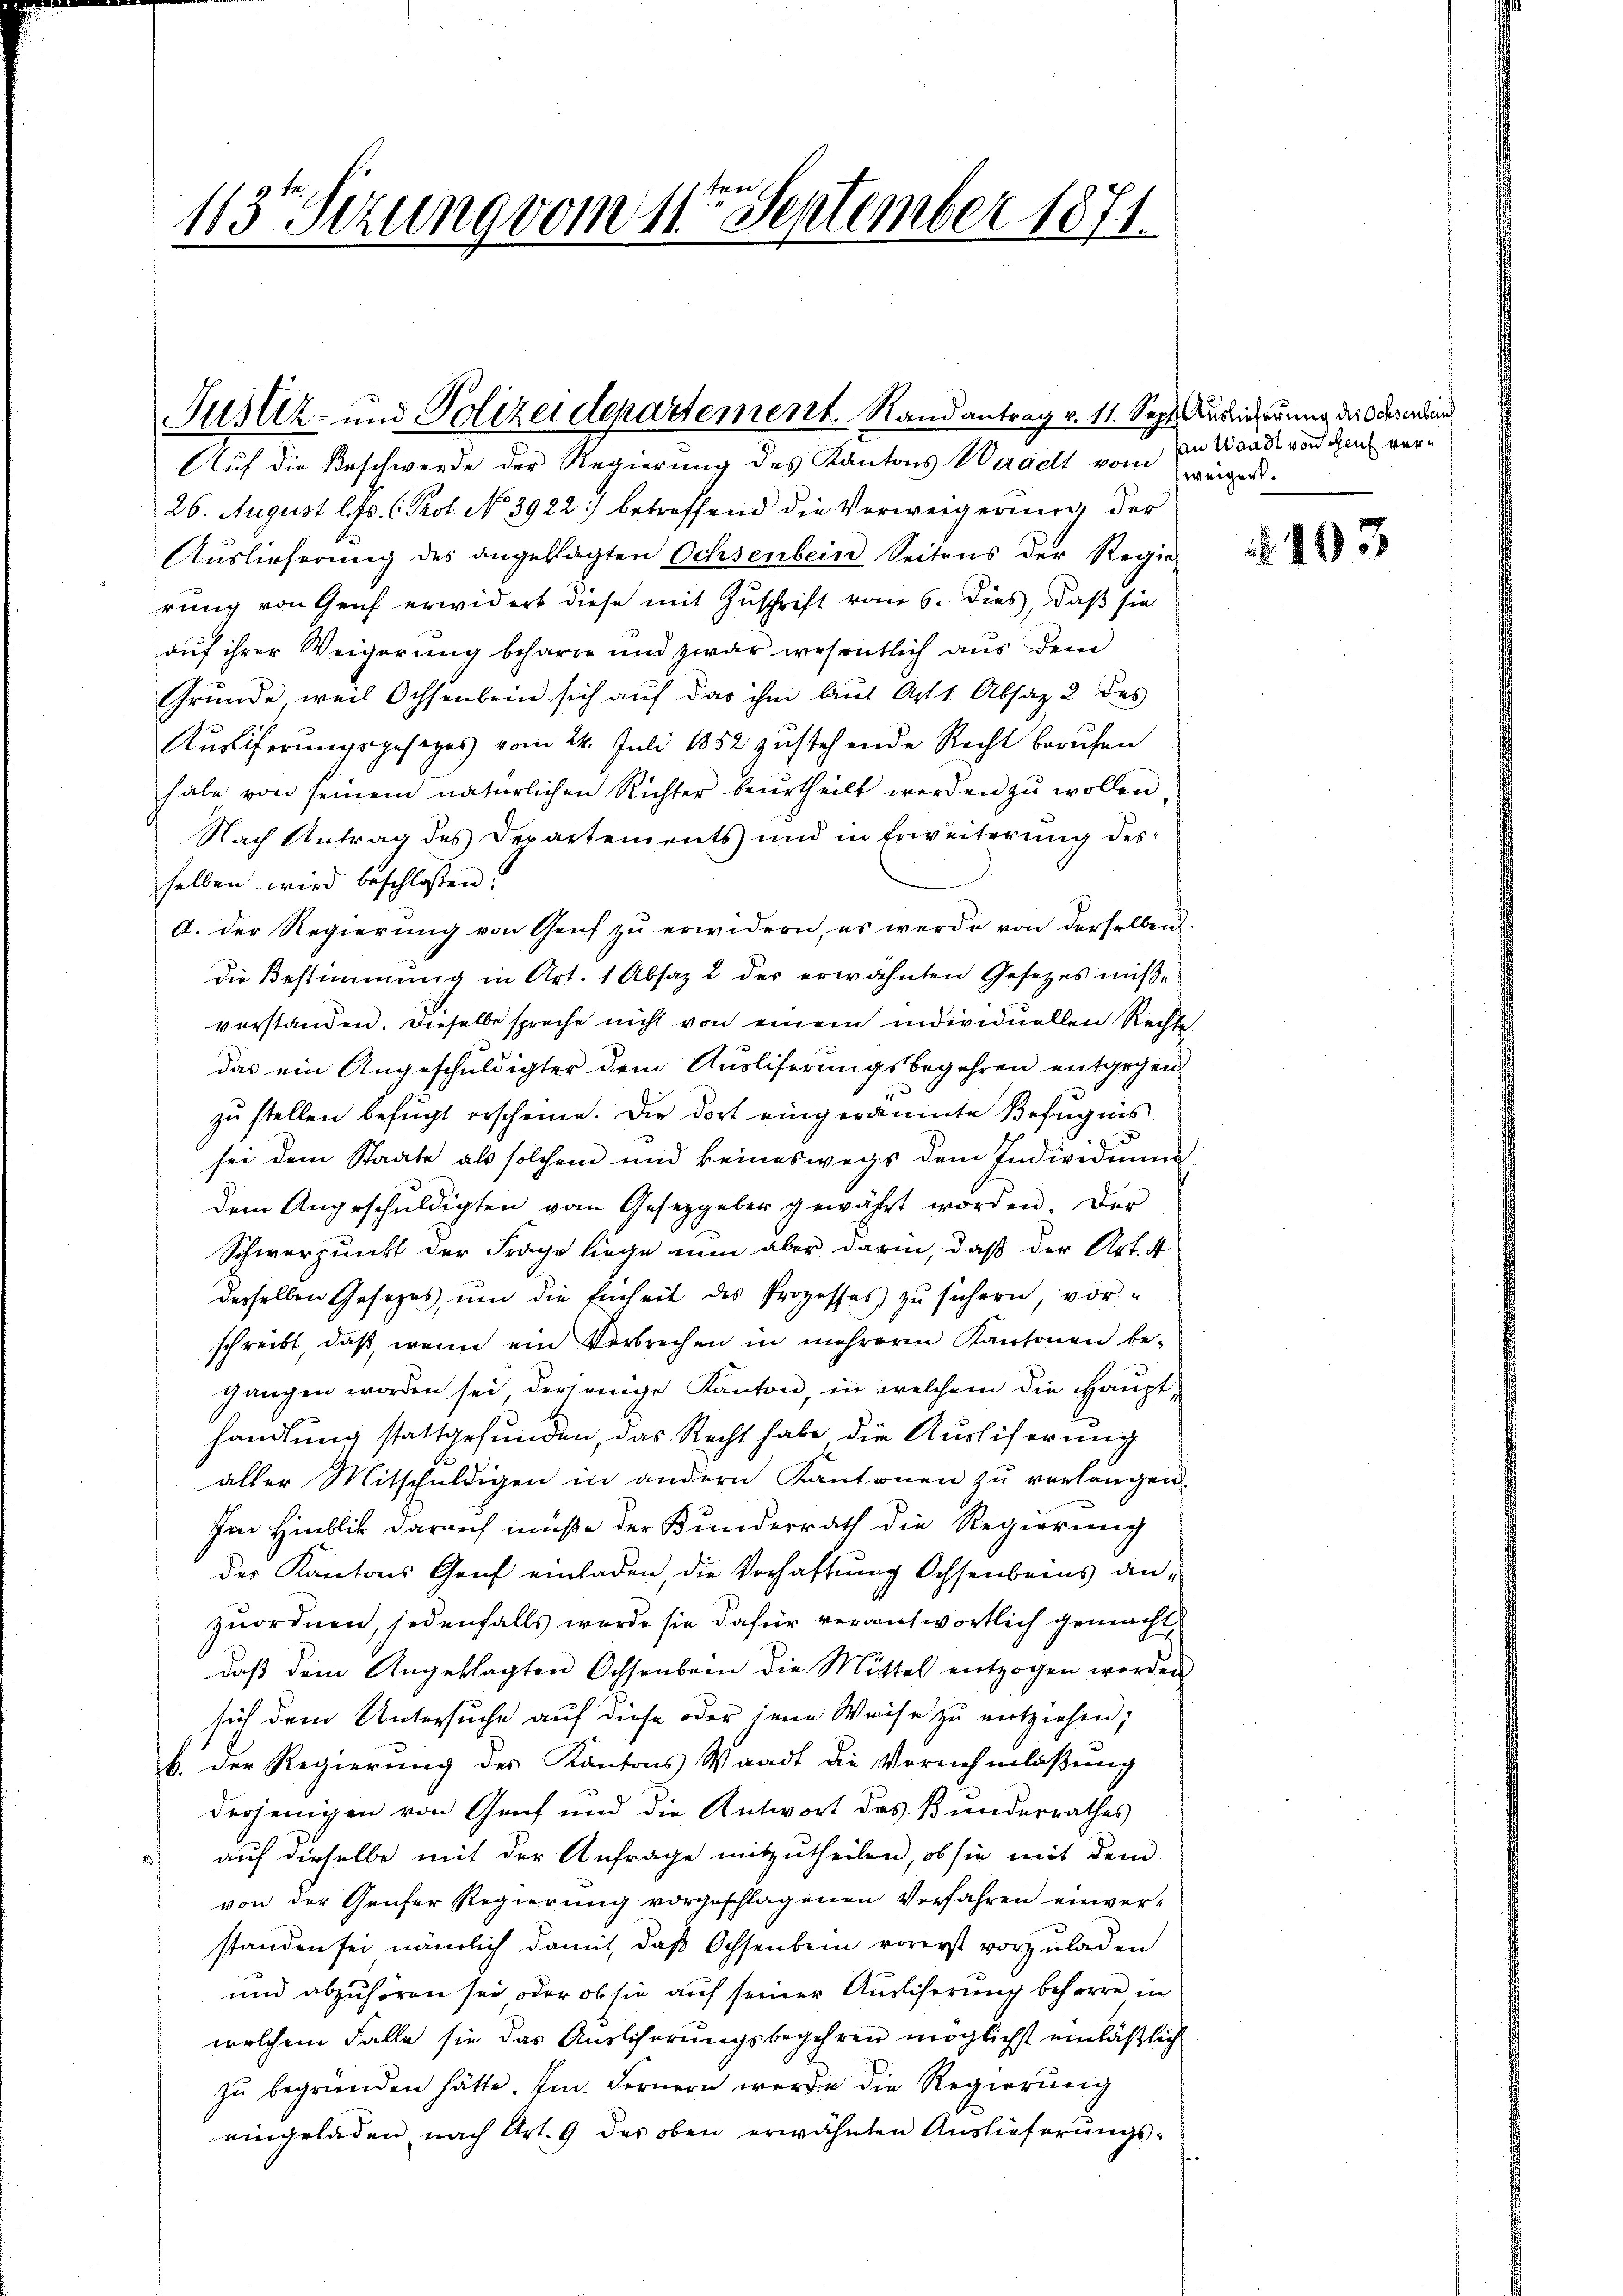
113 Sizung vom 11ten September 1871.

Justiz- und Polizeidepartement. Stand antrag v. 11. Sept sicherung der Oder ein

Auf die Beschwerde der Regierung des Kantons Wadelt vom in Waadt von den ver¬
26. August l. Js. (Prot. No 3922] betreffend die Verweigerung der
Auslieferung des angeklagten Ochsenbein Seitens der Regie
rung von Genf erwidert diese mit Zuschrift vom 6. dies, daß sie
auf ihrer Weigerung beharre und zwar wesentlich aus dem
Grunde, weil Ochsenbein sich auf das ihm laut Aptt Absatz 2 des
Kusliferungsgesezes vom 24. Juli 1852 zustehende Recht berufen
habe von seinem natürlichen Richter beurtheilt werden zŭ wollen,
Nach Antrag des Departements und in Erweiterung des
selben wird beschlossen.
A. Der Regierung von Genf zu erwidern, es werde von derselben
die Bestimmung in Art. 1 Absaz 2 des erwähnten Gesetzes müße
verstanden. Dieselbe spreche nicht von einem individuellen Rechte
das ein Angeschuldigter dem Ausliferungsbegehren entgegen
zu stellen befugt erscheine. Die dort eingeräumte Befugnis
sei dem Staate als solchem und keineswegs dem Individuum
dem Angeschuldigten vom Gesetzgeber gewährt worden. Der
Schwerpunkt der Frage liege nun aber darin, daß der Art. 4
derselben Gesetzes, um die Einheit des Prozesses zu sichern, vor-
schreibt, daß, wenn ein Verbrechen in mehreren Kantonen begangen worden sei, derjenige Kanton, in welchem die Haupthandlung stattgefunden, das Recht habe die Ausliferung
aller Mitschuldigen in andern Kantonen zŭ verlängen.
Im Hinblik darauf müße der Kunderrath die Regierung
des Kantons Genf einladen, die Verhaftung Ochsenbeins anzuordnen, jedenfalls wurde sie dafür verantwortlich gemacht
daß dein Angeklagten Ochsenbein die Mittel entzogen werden
sich dem Untersuche auf diese oder jene Weise zu entziehen;
b. Der Regierung des Kantons Waadt die Vornehmlaßung
derjenigen von Genf und die Antwort das Bunderrathes
auf dieselbe mit der Anfrage mitzutheilen, ob sie mit dem
von der Genfer Regierung vorgeschlagenen Verfahren einver-
standen sei nämlich damit, daß Ochsenbein vorerst vorzuladen
und abzuhören sei oder ob sie auf seiner Auslicherung beharre in
welchem Falle sie das Auslöserungsbegehren möglichst einläßlich
zŭ begründen hätte. Im Fernern werde die Regierung
eingeladen nach Art. 9 des oben erwähnten Auslieferungs¬

weigert.

193